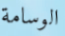
الوسامة